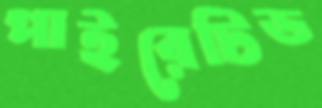
পাইরেটিড